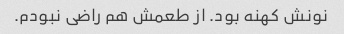
نونش کهنه بود. از طعمش هم راضی نبودم.